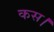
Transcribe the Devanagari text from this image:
कस।